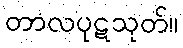
တာလပုဋသုတ်။